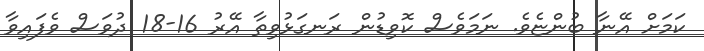
ކަމަށް އޭނާ ބުންޏެވެ. ނަމަވެސް ކޮވިޑުން ރަނގަޅުވިތާ އޭރު 16-18 ދުވަސް ވެފައިވާ